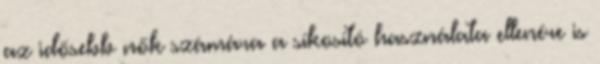
az idősebb nők számára a síkosító használata ellenére is